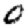
Digit: 0